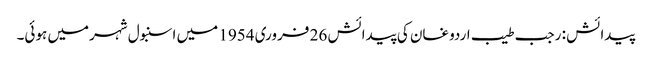
پیدائش : رجب طیب اردوغان کی پیدائش 26 فروری 1954 میں اسنبول شہرمیں ہوئی۔